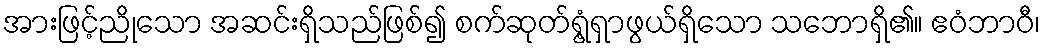
အားဖြင့်ညိုသော အဆင်းရှိသည်ဖြစ်၍ စက်ဆုတ်ရွံ့ရှာဖွယ်ရှိသော သဘောရှိ၏။ ဧဝံဘာဝီ၊